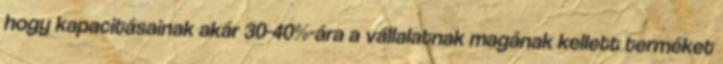
hogy kapacitásainak akár 30-40%-ára a vállalatnak magának kellett terméket